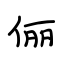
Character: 俪